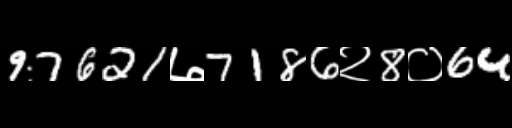
Text: 97621७7186२8०64